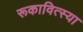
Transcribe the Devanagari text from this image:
रूकावित्स्या